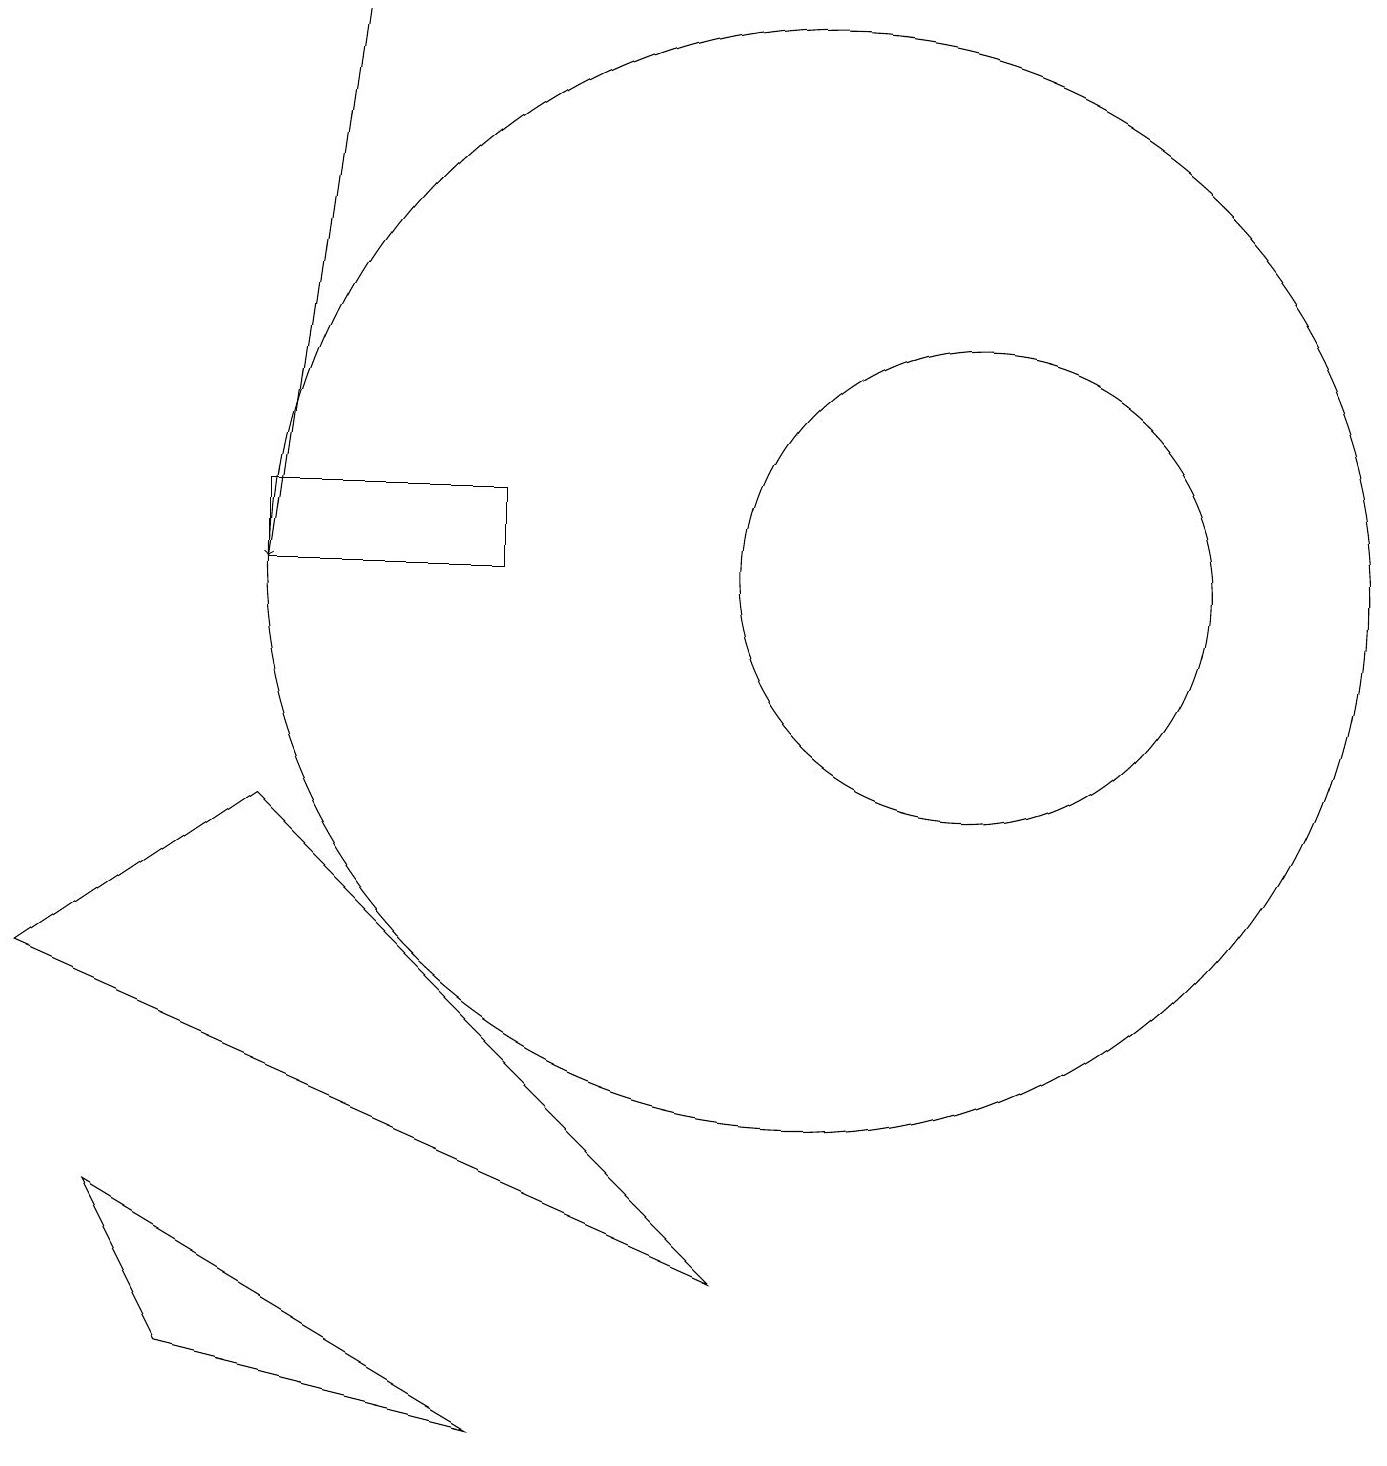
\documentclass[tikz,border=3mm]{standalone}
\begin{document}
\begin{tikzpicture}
\draw[->] (4,18) -- (3,11);
\draw (12,11) circle (3);
\draw (0,6) -- (9,2) -- (3,8) -- cycle;
\draw (2,1) -- (6,0) -- (1,3) -- cycle;
\draw (3,12) rectangle (6,11);
\draw (10,11) circle (7);
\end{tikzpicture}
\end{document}